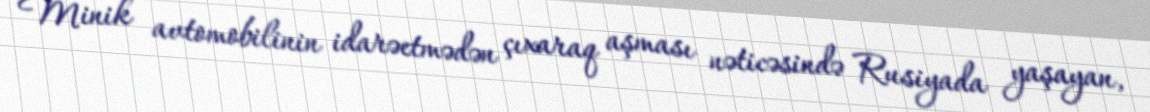
Minik avtomobilinin idarəetmədən çıxaraq aşması nəticəsində Rusiyada yaşayan,